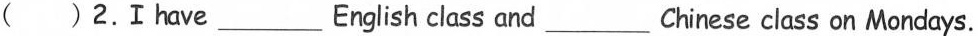
( )2.Ⅰhave___English class and___Chinese class on Mondays.